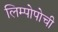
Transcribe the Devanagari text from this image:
लिम्पोपोची